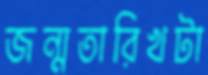
জন্মতারিখটা